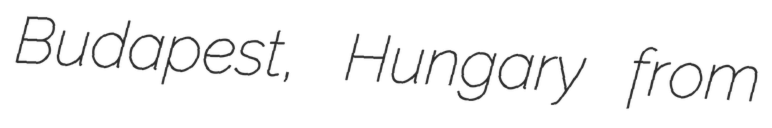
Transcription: Budapest, Hungary from